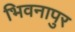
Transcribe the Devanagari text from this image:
भिवनापुर